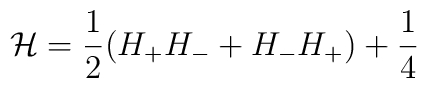
{\cal H}=\frac{1}{2}(H_+H_-+H_-H_+)+\frac{1}{4}